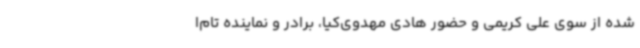
شده از سوی علی کریمی و حضور هادی مهدوی‌کیا، برادر و نماینده تام‌ا